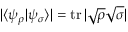
| \langle \psi _ { \rho } | \psi _ { \sigma } \rangle | = \operatorname { t r } | { \sqrt { \rho } } { \sqrt { \sigma } } |